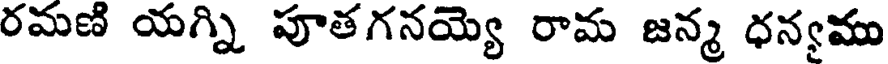
రమణి యగ్ని పూతగనయ్యె రామ జన్మ ధన్వము